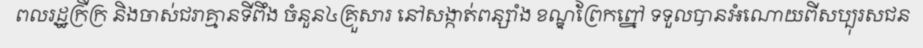
ពលរដ្ឋក្រីក្រ និងចាស់ជរាគ្មានទីពឹង ចំនួន៤គ្រួសារ នៅសង្កាត់ពន្សាំង ខណ្ឌព្រែកព្នៅ ទទួលបានអំណោយពីសប្បុរសជន